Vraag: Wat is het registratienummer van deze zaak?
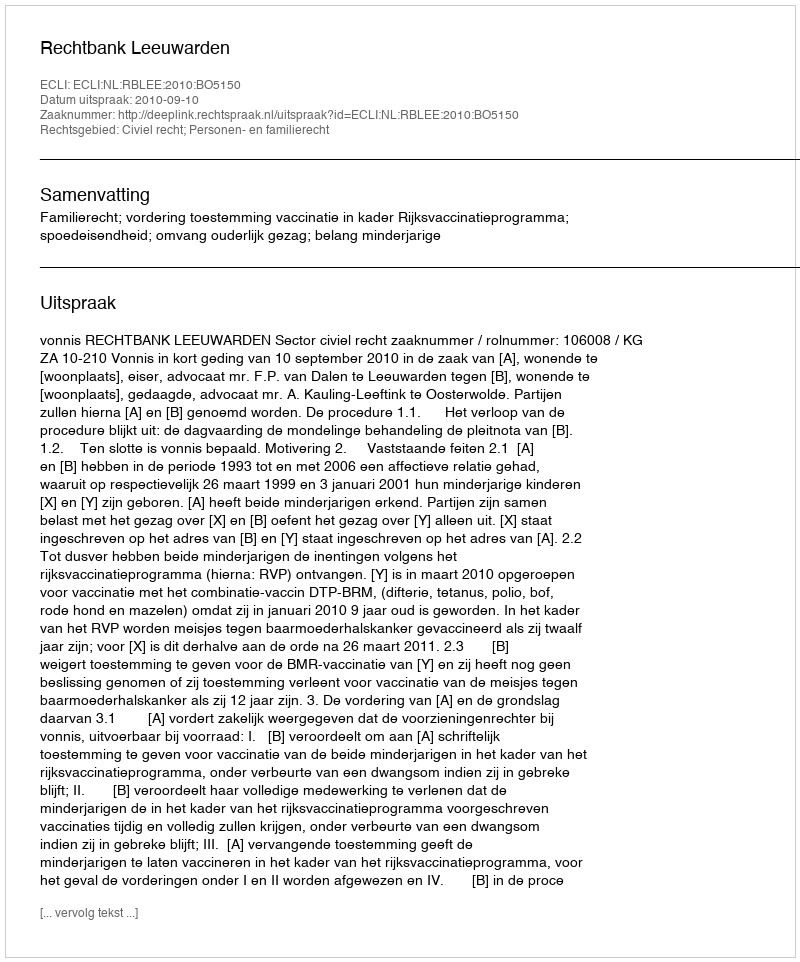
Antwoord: http://deeplink.rechtspraak.nl/uitspraak?id=ECLI:NL:RBLEE:2010:BO5150